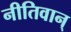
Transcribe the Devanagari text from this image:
नीतिवान्‌